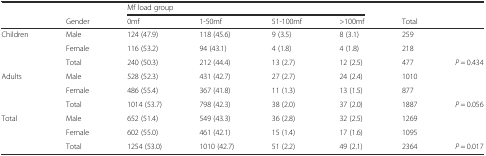
<table><thead><tr><td></td><td></td><td colspan="4"><b>Mf load group</b></td><td></td><td></td></tr><tr><td></td><td><b>Gender</b></td><td><b>0mf</b></td><td><b>1-50mf</b></td><td><b>51-100mf</b></td><td><b>&gt;100mf</b></td><td><b>Total</b></td><td></td></tr></thead><tbody><tr><td>Children</td><td>Male</td><td>124 (47.9)</td><td>118 (45.6)</td><td>9 (3.5)</td><td>8 (3.1)</td><td>259</td><td></td></tr><tr><td></td><td>Female</td><td>116 (53.2)</td><td>94 (43.1)</td><td>4 (1.8)</td><td>4 (1.8)</td><td>218</td><td></td></tr><tr><td></td><td>Total</td><td>240 (50.3)</td><td>212 (44.4)</td><td>13 (2.7)</td><td>12 (2.5)</td><td>477</td><td><i>P</i> = 0.434</td></tr><tr><td>Adults</td><td>Male</td><td>528 (52.3)</td><td>431 (42.7)</td><td>27 (2.7)</td><td>24 (2.4)</td><td>1010</td><td></td></tr><tr><td></td><td>Female</td><td>486 (55.4)</td><td>367 (41.8)</td><td>11 (1.3)</td><td>13 (1.5)</td><td>877</td><td></td></tr><tr><td></td><td>Total</td><td>1014 (53.7)</td><td>798 (42.3)</td><td>38 (2.0)</td><td>37 (2.0)</td><td>1887</td><td><i>P</i> = 0.056</td></tr><tr><td>Total</td><td>Male</td><td>652 (51.4)</td><td>549 (43.3)</td><td>36 (2.8)</td><td>32 (2.5)</td><td>1269</td><td></td></tr><tr><td></td><td>Female</td><td>602 (55.0)</td><td>461 (42.1)</td><td>15 (1.4)</td><td>17 (1.6)</td><td>1095</td><td></td></tr><tr><td></td><td>Total</td><td>1254 (53.0)</td><td>1010 (42.7)</td><td>51 (2.2)</td><td>49 (2.1)</td><td>2364</td><td><i>P</i> = 0.017</td></tr></tbody></table>